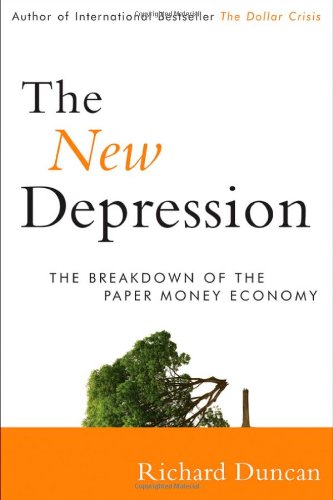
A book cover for The New Depression: The Breakdown of the Paper Money Economy; Richard Duncan; Business & Money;